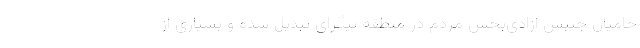
حامیان جنبش آزادی‌بخش مردم در منطقه تیگرای تبدیل شده و بسیاری از